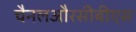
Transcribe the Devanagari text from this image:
चैनलऔरसीबीएस